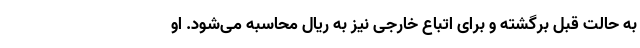
به حالت قبل برگشته و برای اتباع خارجی نیز به ریال محاسبه می‌شود. او